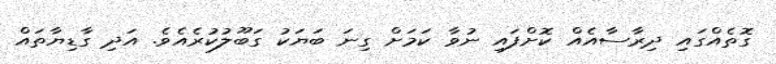
ގޮތެއްގައި ދިރާސާއެއް ކޮށްފައި ނުވާ ކަމަށް ގިނަ ބަޔަކު ގަބޫލުކުރެއެވެ. އަދި ގާޑިޔާތައް